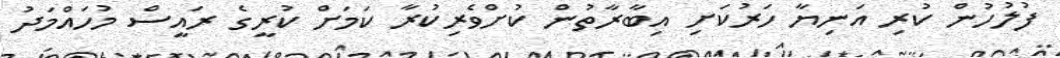
ފުލުހުން ކުރި އަނިޔާ ހަރުކަށި އިބާރާތުން ކުށްވެރިކުރާ ކަމަށް ކުރީގެ ރައީސް މުހައްމަދު